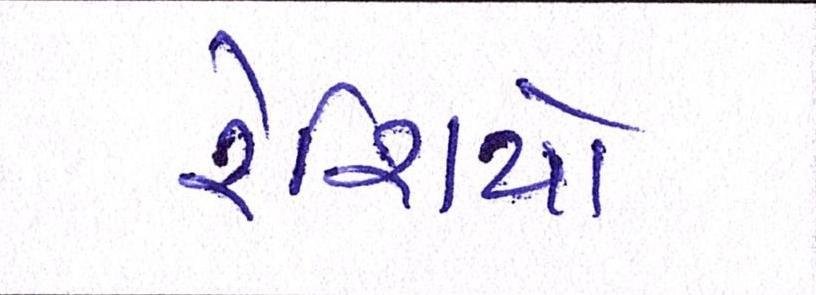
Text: રેશિયો